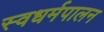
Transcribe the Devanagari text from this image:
स्वधर्मपालन